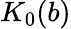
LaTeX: K_{0}(b)